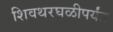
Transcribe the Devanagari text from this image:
शिवथरघळीपर्यंत